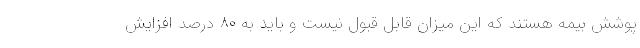
پوشش بیمه هستند که این میزان قابل قبول نیست و باید به ۸۰ درصد افزایش